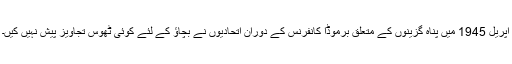
اپریل 1945 میں پناہ گزینوں کے متعلق برموڈا کانفرنس کے دوران اتحادیوں نے بچاؤ کے لئے کوئی ٹھوس تجاویز پیش نہیں کیں۔